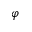
\varphi